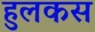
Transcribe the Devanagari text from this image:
हुलकस